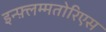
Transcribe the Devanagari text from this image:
इन्फ़्लम्मतोरिएस